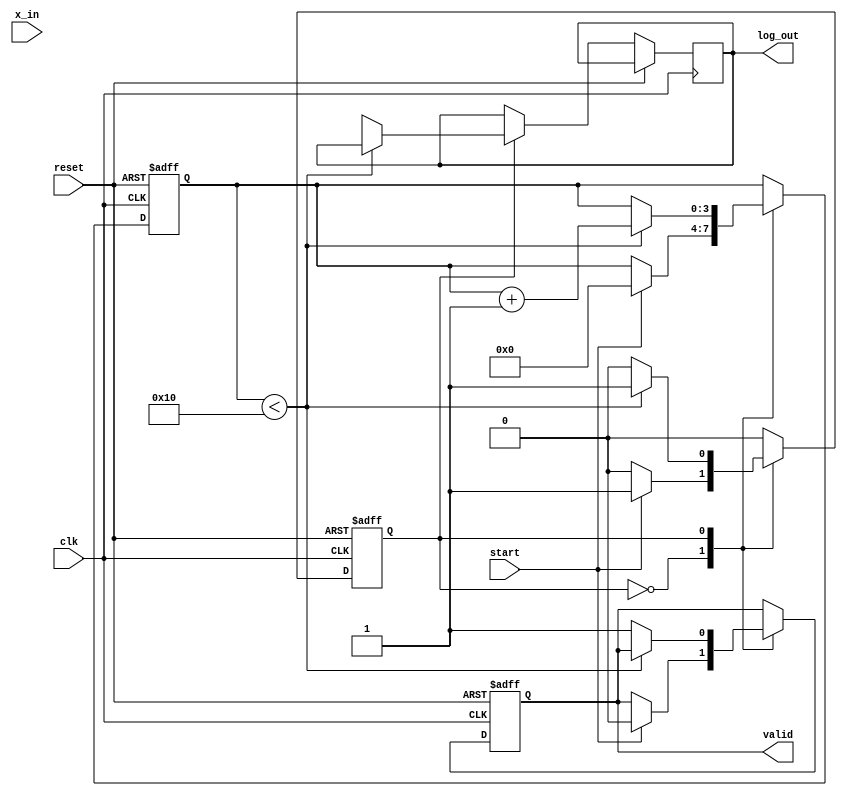
module cordic_logarithm #(
    parameter WIDTH = 32,                                           // Width of the input/output data
    parameter MAX_ITER = 16                                         // Maximum number of iterations
)(
    input               clk,                                         // Clock signal
    input               reset,                                       // Reset signal
    input               start,                                       // Start signal for computation
    input [WIDTH-1:0]  x_in,                                       // Input value for logarithm
    output reg [WIDTH-1:0] log_out,                                // Computed logarithm output
    output reg          valid                                         // Output valid signal
);

// Internal signals
reg [WIDTH-1:0] x [0:MAX_ITER-1];                                   // x values for iterations
reg [WIDTH-1:0] y [0:MAX_ITER-1];                                   // y values for iterations
reg [WIDTH-1:0] z [0:MAX_ITER-1];                                   // Angle values for iterations
reg [3:0] iteration;                                                // Current iteration count
reg state;                                                         // FSM State

// CORDIC angle lookup table (in radians for logarithmic calculations)
reg [WIDTH-1:0] angle_table [0:MAX_ITER-1];

// Initializing angle_table with arctangent values
initial begin
    angle_table[0] = 32'h3F800000; // atan(1) = 1.0 (in floating-point)
    angle_table[1] = 32'h3F490FDB; // atan(0.5)
    angle_table[2] = 32'h3F22D4A2; // atan(0.25)
    angle_table[3] = 32'h3EC90FDB; // atan(0.125)
    // Continue initializing for more iterations
end

// FSM Definition for state control
localparam IDLE = 1'b0, PROCESS = 1'b1;

always @(posedge clk or posedge reset) begin
    if (reset) begin
        iteration <= 0;
        valid <= 0;
        state <= IDLE;
    end
    else begin
        case(state)
            IDLE: begin
                if (start) begin
                    // Prepare input values
                    x[0] <= x_in;
                    y[0] <= 0; // Starting y value
                    z[0] <= 0; // Initial angle
                    iteration <= 0;
                    valid <= 0;
                    state <= PROCESS;
                end
            end
            
            PROCESS: begin
                if (iteration < MAX_ITER) begin
                    // Perform CORDIC rotation
                    if (z[iteration] < 0) begin // Clockwise rotation
                        x[iteration+1] <= x[iteration] + (y[iteration] >> iteration);
                        y[iteration+1] <= y[iteration] - (x[iteration] >> iteration);
                        z[iteration+1] <= z[iteration] + angle_table[iteration];
                    end else begin // Counter-clockwise rotation
                        x[iteration+1] <= x[iteration] - (y[iteration] >> iteration);
                        y[iteration+1] <= y[iteration] + (x[iteration] >> iteration);
                        z[iteration+1] <= z[iteration] - angle_table[iteration];
                    end
                    
                    iteration <= iteration + 1;
                end else begin
                    // Finalize output
                    log_out <= z[MAX_ITER]; // Output log value from z
                    valid <= 1;              // Set valid signal
                    state <= IDLE;           // Go back to IDLE
                end
            end
        endcase
    end
end

endmodule